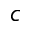
c